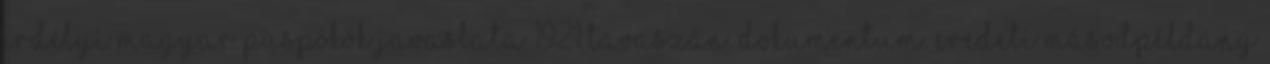
Erdélyi magyar püspökök javaslata 1921 tavaszán. Dokumentum. Eredeti másodpéldány